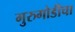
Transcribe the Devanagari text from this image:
गुरुगोडीचा